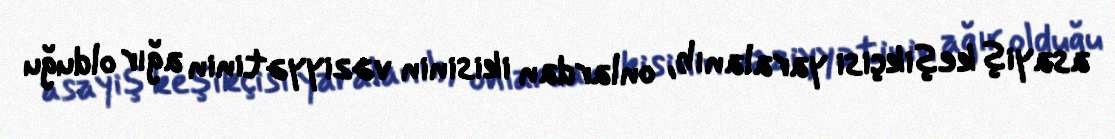
asayiş keşikçisi yaralanıb, onlardan ikisinin vəziyyətinin ağır olduğu